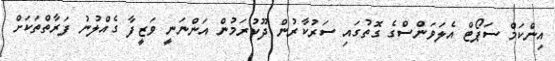
އިންކަމް ސަޕޯޓް އެލަވަންސްގެ ގޮތުގައި ސަރުކާރުން ދޫކުރަމުން އަންނަނީ ވަޒީފާ ގެއްލުނު ފަރާތްތަކަށް